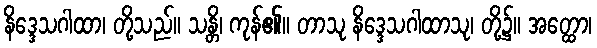
နိဒ္ဒေသဂါထာ၊ တို့သည်။ သန္တိ၊ ကုန်၏။ တာသု နိဒ္ဒေသဂါထာသု၊ တို့၌။ အတ္ထော၊